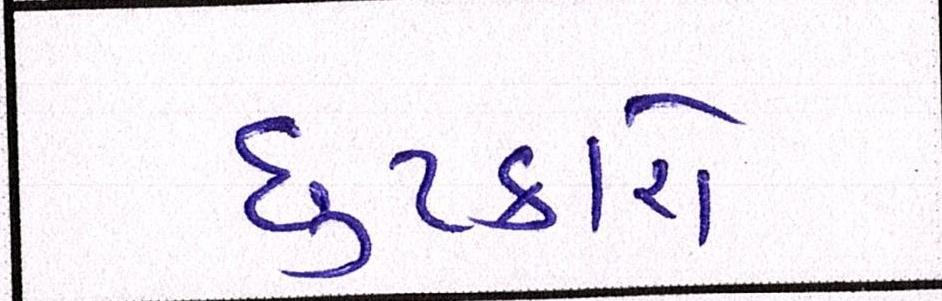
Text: છુટકારો